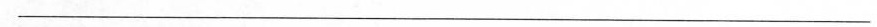
___